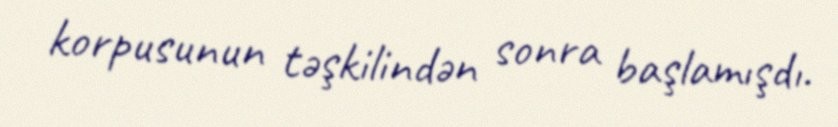
korpusunun təşkilindən sonra başlamışdı.